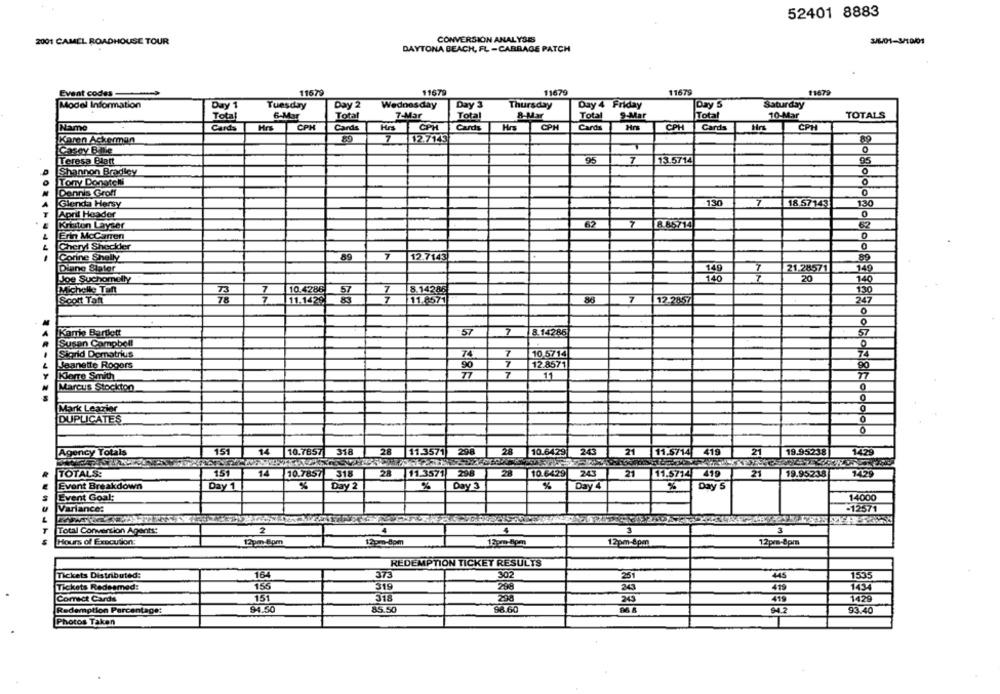
52401 8883
2001 CAMEL ROADHOUSE TOUR
CONVERSION ANALYSES
S/L01-3/10/01
DAYTONA BEACH, FL -CABBAGE PATCH
11679
Event codes
11679
11679
11679
11679
Model Information
Day 1
Day 2
Wednesday
Day 3
Thursday
Day 4 Friday
Day 5
Saturday
Tuesday
Total
6-Mar
Total
7-Mar
Total
8-Mar
Total
9-Mar
Total
10-Mar
TOTALS
Name
Cards
Hrs
CPH
Cards
Hrs
CPH
Cards
Hrs
CPH
Cards
Hrs
CPH Cards
Hrs
CPH
89
7
12.7143
Kann Ackerman
Casey B. Ile
0
Teresa Blatt
95
7
13.5714
95
Shannon Bradley
Tony Donatchi
0
Dannis Groff
0
Glenda Hersy
-130
18.57143
130
April Header
0
Kristen Layser
67
7
8 85714
62
Erin McCarren
0
Cheryl Sheckler
Corine Shelly
89
7
12.7143
Diane Stater
140
21.28571
149
20
Joe Suchomelly
140
Michelle Tant
10.4286
57
13
78
7
7
80
7
Scott Tant
11.1429
11.8571
12.2857
247
0
0
Kamie Bartlett
57
7
8.14286
57
Susan Campbell
Sigrid Dematrius
74
7
10.5714
74
Jeanette Rogers
7
12.8571
90
Klarre Smith
7
77
11
Marcus Stockton
0
0
Mark Leazier
DUPLICATES
0
0
15
14
10.7857
318
11.35711
298
28
10.6429
243
419
2
19.95238
Agency Totals
11.5714
1429
15
28
10.6429
TOTALS:
14
10.7857 318
11.3571
298
243
21
11.5714 419
21
19.95238
1429
Event Breakdown
Day 1
%
Day 2
%
Day 3
%
Day 4
%
Day S
Event Goal:
14000
Variance:
-12571
Total Conversion Agents:
2
4
3
Hours of Execution:
12pm-Bpm
13pm Bpm
12pm-8pm
12pm-8pm
12pm-dom
REDEMPTION TICKET RESULTS
Tickets Distributed:
164
373
302
445
1535
Tickets Redesmed:
155
319
296
1434
Correct Cards
151
318
1429
Redemption Percentage:
94.50
85.50
$6.60
93.40
Photos Taken